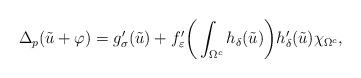
LaTeX: \begin{align*} \Delta_p(\tilde{u}+\varphi)=g'_\sigma(\tilde{u})+f'_\varepsilon\bigg(\int_{\Omega^c}h_\delta(\tilde{u})\bigg) h'_\delta(\tilde{u})\chi_{\Omega^c},\end{align*}